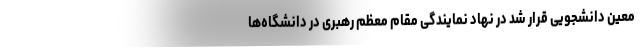
معین دانشجویی قرار شد در نهاد نمایندگی مقام معظم رهبری در دانشگاه‌ها